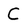
Character: c